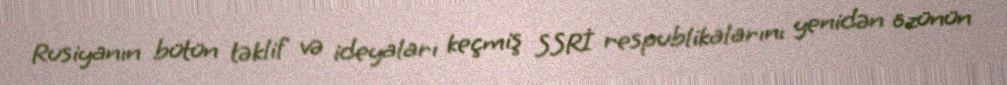
Rusiyanın bütün təklif və ideyaları keçmiş SSRİ respublikalarını yenidən özünün